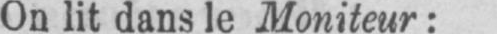
On lit dans le Moniteur: